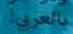
ىالعرفيا